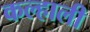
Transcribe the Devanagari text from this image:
कल्हाली